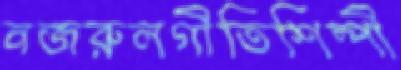
নজরুলগীতিশিল্পী